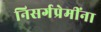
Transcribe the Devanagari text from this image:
निसर्गप्रेमींना